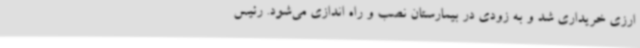
ارزی خریداری شد و به زودی در بیمارستان نصب و راه اندازی می‌شود. رئیس